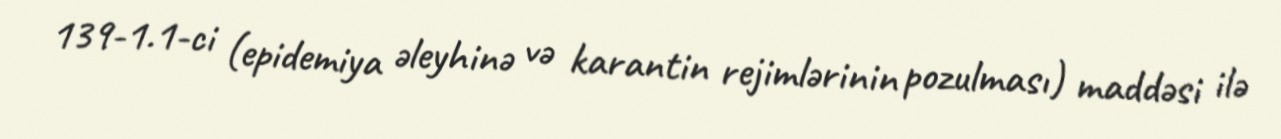
139-1.1-ci (epidemiya əleyhinə və karantin rejimlərinin pozulması) maddəsi ilə